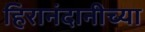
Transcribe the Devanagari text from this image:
हिरानंदानीच्या